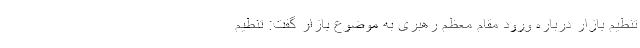
تنطیم بازار درباره ورود مقام معظم رهبری به موضوع بازار گفت: تنطیم